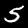
Label: 5